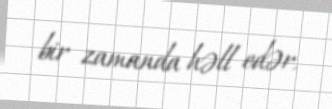
bir zamanda həll edər.